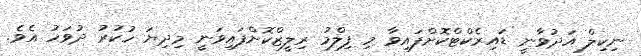
ނިކިލް އަދުވާނީ ޑައިރެކްޓްކޮށްފައިވާ މި ފިލްމު ރިލީޒްކޮށްފައިވަނީ މިދިޔަ ހުކުރު ދުވަހު އެވެ.